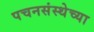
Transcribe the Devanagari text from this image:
पचनसंस्थेच्या